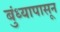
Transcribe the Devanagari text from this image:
बुंध्यापासून